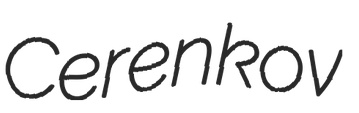
Cerenkov